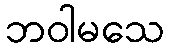
ဘဝါမသေ